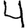
Digit: 4